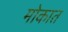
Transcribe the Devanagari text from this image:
मोकात